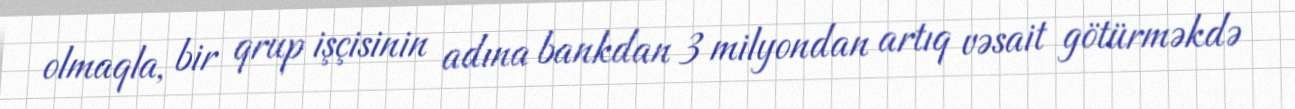
olmaqla, bir qrup işçisinin adına bankdan 3 milyondan artıq vəsait götürməkdə